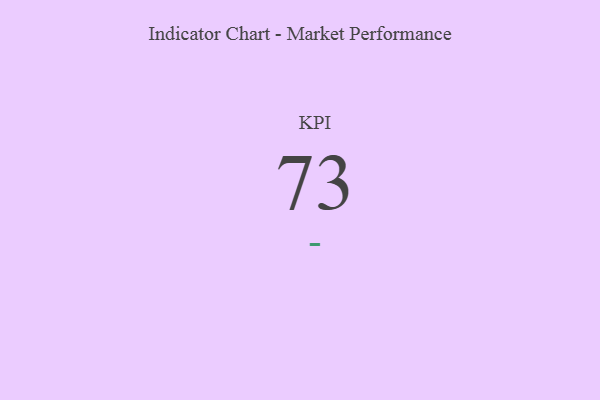
{"axis": {"x": "KPI", "y": "Value"}, "legend": [""], "data": [{"x": "KPI", "y": 73, "type": ""}]}